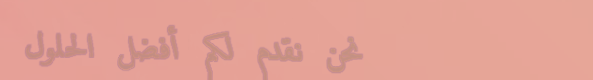
نحن نقدم لكم أفضل الحلول